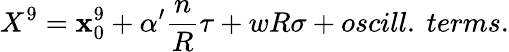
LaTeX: X^{9}=\mathbf{x}_{0}^{9}+\alpha^{\prime}{\frac{{n}}{{R}}}\tau+wR\sigma+oscill.\ terms.